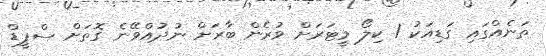
ތަނެއްގައި ގަޑިއަކު 1 ކިލޯ މީޓަރަށް ވުރެން ބާރަށް ނުދުއްވޭނެ ގޮތަށް ސްޕީޑް